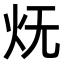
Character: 𭴊